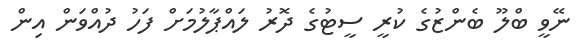
ނޭވީ ބްލޫ ބެންޒުގެ ކުރީ ސީޓުގެ ދޮރު ލައްޕާލުމަށް ފަހު ދުއްވަން އިން